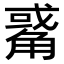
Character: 𧤅